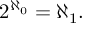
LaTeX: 2 ^ { \aleph _ { 0 } } = \aleph _ { 1 } .